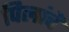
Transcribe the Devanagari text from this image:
पिलांचें